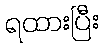
ရထားပြီး